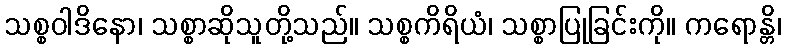
သစ္စဝါဒိနော၊ သစ္စာဆိုသူတို့သည်။ သစ္စကိရိယံ၊ သစ္စာပြုခြင်းကို။ ကရောန္တိ၊